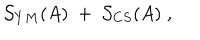
LaTeX: \mathcal { S } _ { Y M } ( A ) \; + \; \mathcal { S } _ { C S } ( A ) \; ,